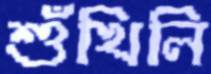
শুঁখিলি